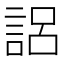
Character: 𰴰